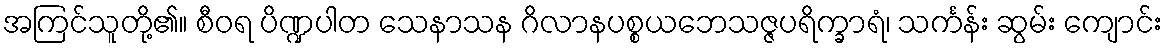
အကြင်သူတို့၏။ စီဝရ ပိဏ္ဍပါတ သေနာသန ဂိလာနပစ္စယဘေသဇ္ဇပရိက္ခာရံ၊ သင်္ကန်း ဆွမ်း ကျောင်း